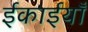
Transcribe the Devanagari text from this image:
ईकाईयाँ